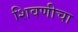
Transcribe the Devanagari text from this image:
शिवणीचा